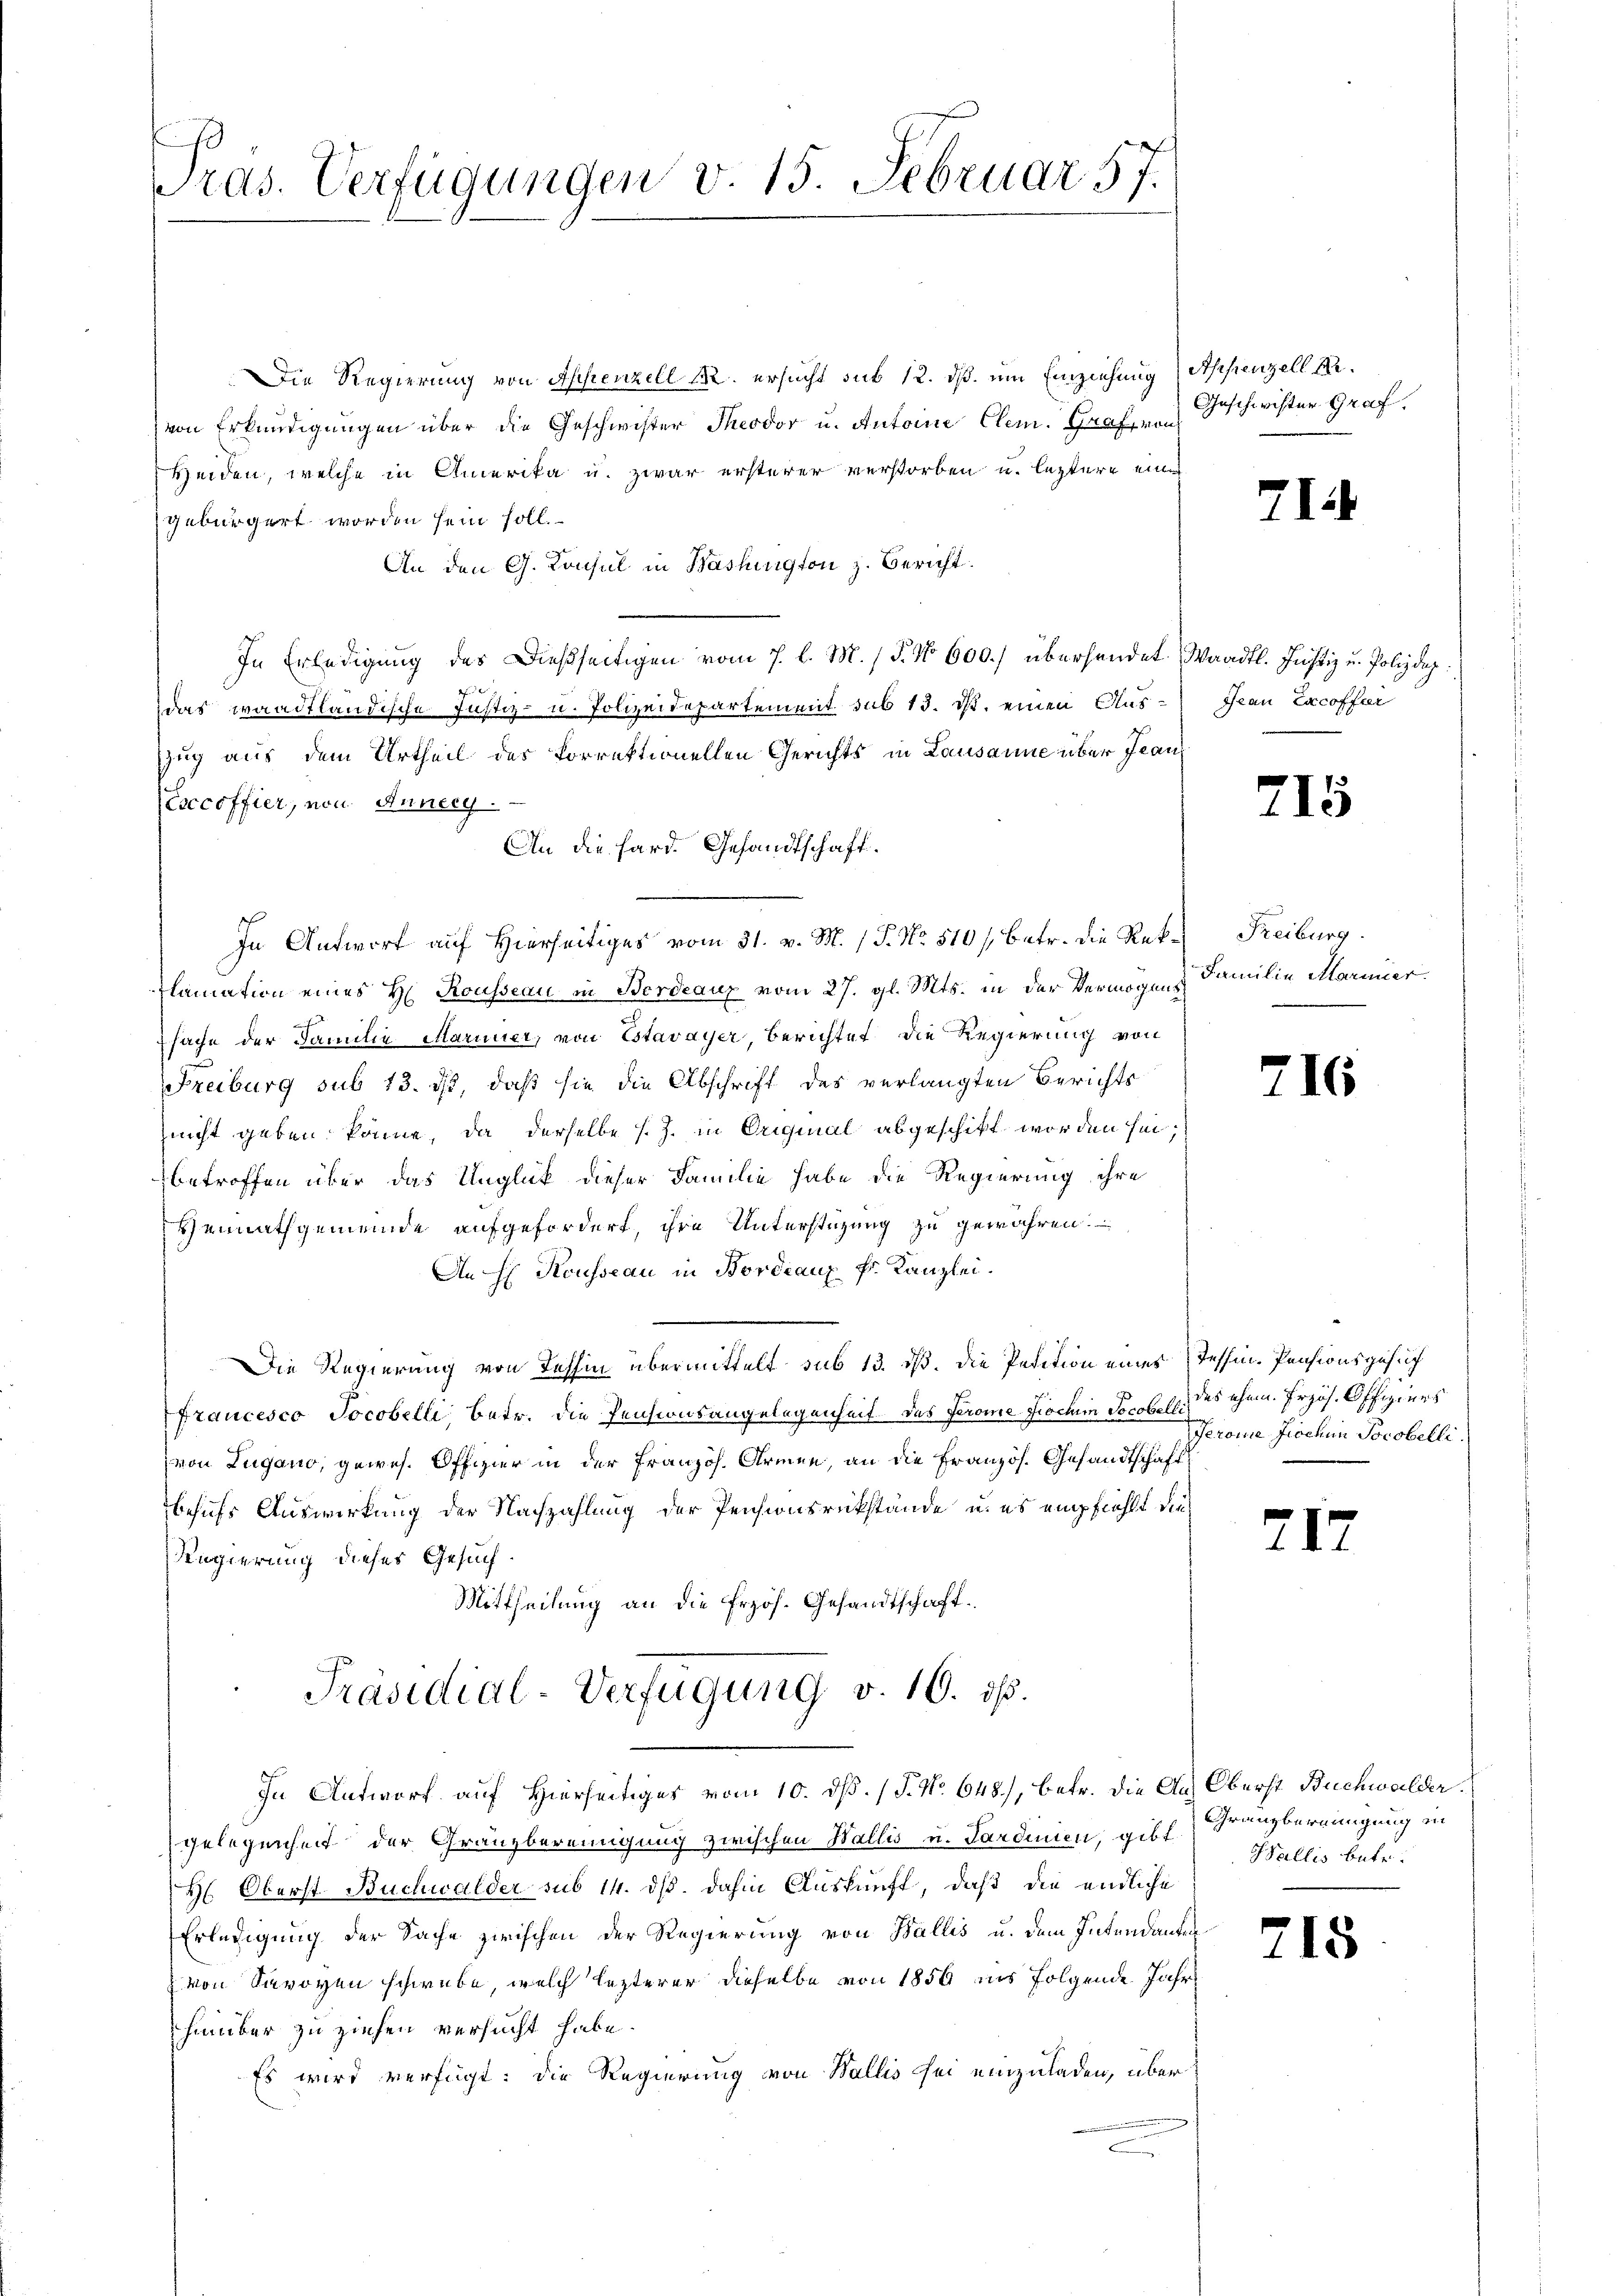
ras. Verfügungen v. 15. Februar 57.

Die Regierung von Appenzell 12. ersucht sub 12. dß um Einziehung Appenzell M.
von Erkundigungen über die Geschwister Theodor u. Antoine Clem. Graf von
Heiden, welche in Amerika u. zwar ersterer verstorben u. leztere eine
gebürgert worden sein soll.
An den G. Konsul in Bashington z. Bericht.
In Erledigung des Dießseitigen vom 7. l. M. (T. No 600.) überhandet. Waadt. Justiz u. Polizdep
def
das waadtländische Justiz- u. Polizeidepartement sub 13. ist. einen Aus- Frau Excoffar
zug aus dem Urtheil des korrektionellen Gerichts in Lausanne über Jean¬
(Exccoffier, von Anneeg.
An die Sard. Gesandtschaft.
In Antwort auf Hierseitiges vom 31. v. M. (T. No. 510 / betr. die Rek-Freiburg.
lamation eines H. Rousseau in Berdeaux vom 27. gl. Mts. in der Vermögens
sache der Familie Marier, von Estavayer, berichtet die Regierung von
Freiburg sub 13. ds., daß sie die Abschrift des verlangten Berichts
nicht geben könne, da derselbe s. Z. in Original abgeschikt worden sei;
betroffen über das Unglück dieser Familie habe die Regierung ihre
Heimathgemeinde aufgefordert, ihre Unterstüzung zu gewähren.
An H Kousseau in Bordeaux k. Kanzlei.
Die Regierung von Tessin übermittelt sub 13. dß. Die Petition eines Tessin-Pensionsgesuch
Francesco Jocobelli betr. die Pensionsangelegenheit. Das Jerome Fischen Socobelli
von Lugano, gewes. Offizier in der Französ. Armen, an die Französ. Gesandtschaft
behufs Auswirkung der Nachzahlung der Pensionsrükstände u. es empfiehlt die
Regierung dieses Gesuch
Mittheilung an die frzös. Gesandtschaft.
Präsidial-Verfügung v. 10. ds.
In Antwort auf Hierseitiges vom 10. ds. (T. No. 648.), betr. die Aus Oberst Buchwalder
gelegenheit der Gränzbereinigung zwischen Wallis u. Sardinien, gibt. Franzbereinigung in
H. Oberst Buchwalder sub 14. ds. dahin Auskunft, daß die endliche
Erledigung der Sache zwischen der Regierung von Wallis u. dem Intendanten
von Savoyen schwebe, welch lezterer dieselbe von 1856 ins folgende Jahr
hinüber zu ziehen versucht habe.
Es wird verfügt: die Regierung von Wallis sei einzuladen, über

Geschwister Graf.

¬

I

Familie Marier.

716

71.

715

des ehem. Frzös. Offiziers
Jerome Jochen Socobelli.

Wallis betr.

218